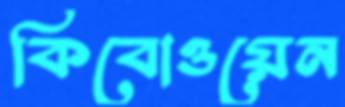
কিবোওয়েন